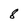
Character: 8